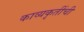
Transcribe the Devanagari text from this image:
काव्यकृतींची